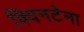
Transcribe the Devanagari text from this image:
क्विनटेना